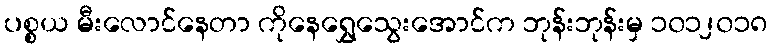
ပစ္စယ မီးလောင်နေတာ ကိုနေရွှေသွေးအောင်က ဘုန်းဘုန်းမှ ၁၀၁၂၀၁၈